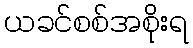
ယခင်စစ်အစိုးရ